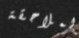
لملاحقة